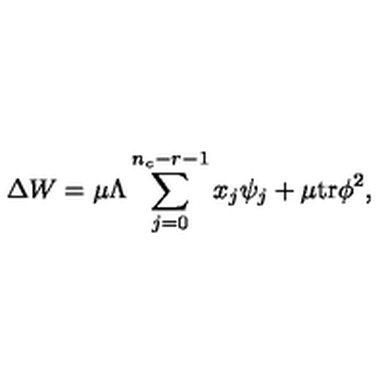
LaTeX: \Delta W = \mu \Lambda \sum _ { j = 0 } ^ { n _ { c } - r - 1 } x _ { j } \psi _ { j } + \mu \mathrm { t r } \phi ^ { 2 } ,